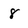
Character: 8